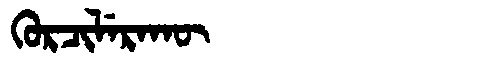
Manchu: ᡴᡠᡵᠴᡳᠯᡝᡵᠠᡴᡡ
Romanization: KURCILERAKŪ